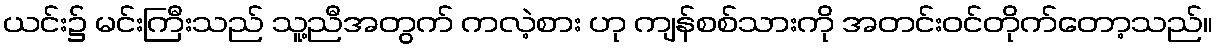
ယင်း၌ မင်းကြီးသည် သူ့ညီအတွက် ကလဲ့စား ဟု ကျန်စစ်သားကို အတင်းဝင်တိုက်တော့သည်။